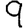
Digit: 9